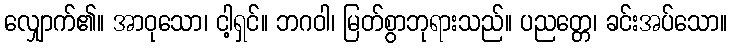
လျှောက်၏။ အာဝုသော၊ ငါ့ရှင်။ ဘဂဝါ၊ မြတ်စွာဘုရားသည်။ ပညတ္တေ၊ ခင်းအပ်သော။